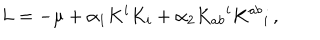
L = - \mu + \alpha _ { 1 } K ^ { i } K _ { i } + \alpha _ { 2 } K _ { a b } { } ^ { i } K ^ { a b } { } _ { i } \, ,